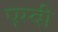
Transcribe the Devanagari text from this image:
एम्बी